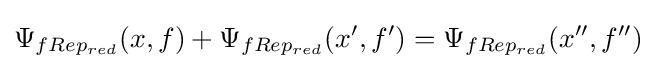
\Psi _{fRep_{red}}(x,f)+\Psi _{fRep_{red}}(x',f')=\Psi _{fRep_{red}}(x'',f'')